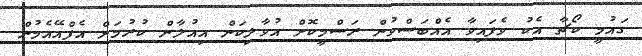
ގައުމީ ކޯޗާ އެކު ވެފައިވާ އެއްބަސްވުން ރަސްމީކޮށް އުވާލިކަން އިއުލާން ކުރުމަށް އެފްއޭއެމުން